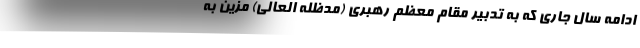
ادامه سال جاری که به تدبیر مقام معظم رهبری (مدظله العالی) مزین به